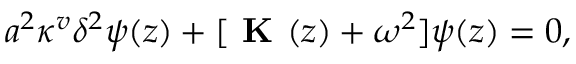
a ^ { 2 } \kappa ^ { v } \delta ^ { 2 } \boldsymbol { \psi } ( z ) + [ \textbf { K } ( z ) + \omega ^ { 2 } ] \boldsymbol { \psi } ( z ) = 0 ,